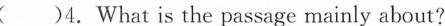
( )4.What is the passage mainly about?